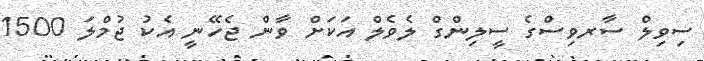
ސިވިލް ސާރވިސްގެ ސީލިންގް ލެވެލް އަކަށް ވާން ޖެހޭނީ އެކު ޖުމްލަ 1500